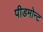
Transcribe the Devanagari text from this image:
पीडमोन्ट